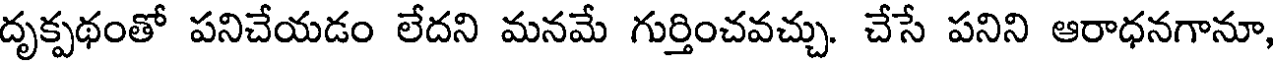
దృక్పథంతో పనిచేయడం లేదని మనమే గుర్తించవచ్చు. చేసే పనిని ఆరాధనగానూ